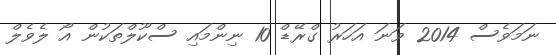
ނަމަވެސް 2014 ވަނަ އަހަރު ގްރޭޑް 10 ނިންމައި ސްކޫލްތަކުން އޯ ލެވެލް